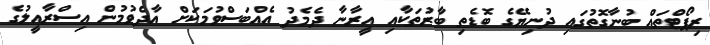
ރިޕޯޓްތައް ބުނާގޮތުގައި ދުނިޔޭގެ ބޮޑެތި ބާރުތަކާއި އީރާނާ ދެމެދު އެއްބަސްވުމަކަށް އާދެވުމުން އިސްރާއީލުގެ